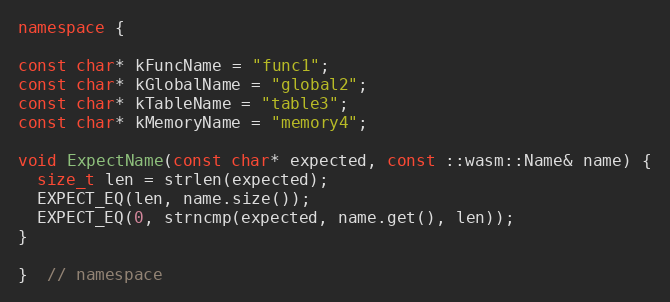
Language: C++
namespace {

const char* kFuncName = "func1";
const char* kGlobalName = "global2";
const char* kTableName = "table3";
const char* kMemoryName = "memory4";

void ExpectName(const char* expected, const ::wasm::Name& name) {
  size_t len = strlen(expected);
  EXPECT_EQ(len, name.size());
  EXPECT_EQ(0, strncmp(expected, name.get(), len));
}

}  // namespace